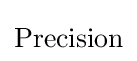
{\text{Precision}}